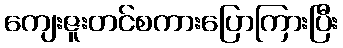
ကျေးဇူးတင်စကားပြောကြားပြီး